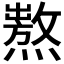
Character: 𤏺